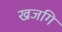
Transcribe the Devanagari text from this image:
खजगि